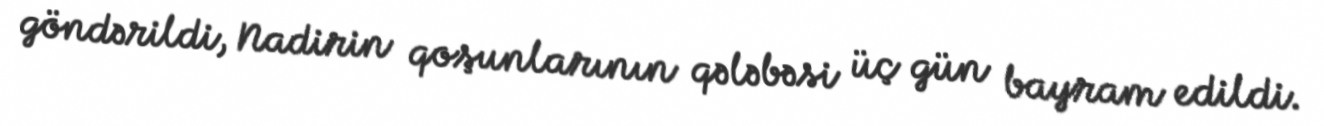
göndərildi, Nadirin qoşunlarının qələbəsi üç gün bayram edildi.